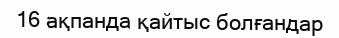
16 ақпанда қайтыс болғандар